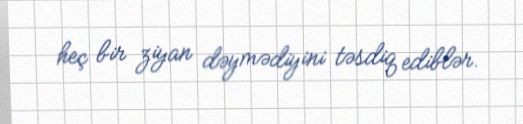
heç bir ziyan dəymədiyini təsdiq ediblər.